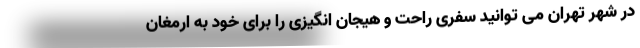
در شهر تهران می توانید سفری راحت و هیجان انگیزی را برای خود به ارمغان